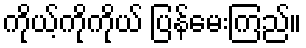
ကိုယ့်ကိုကိုယ် ပြန်မေးကြည်။